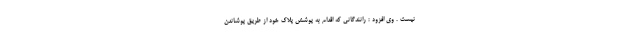
نیست . وی افزود : رانندگانی که اقدام به پوشش پلاک خود از طریق پوشاندن